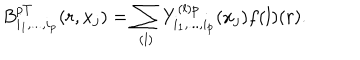
B _ { i _ { 1 } , . . . , i _ { p } } ^ { p T } ( r , x _ { j } ) = \sum _ { ( l ) } Y _ { i _ { 1 } , . . . , i _ { p } } ^ { ( l ) p } ( x _ { j } ) f { ( l ) } ( r ) .